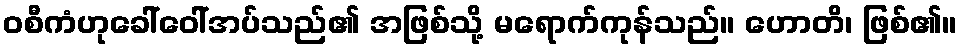
ဝစီကံဟုခေါ်ဝေါ်အပ်သည်၏ အဖြစ်သို့ မရောက်ကုန်သည်။ ဟောတိ၊ ဖြစ်၏။